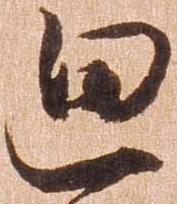
廻